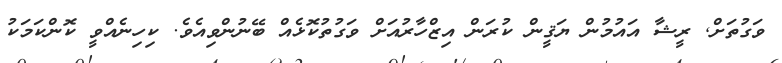
ވަގުތަށް